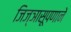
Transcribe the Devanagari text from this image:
जिज्ञासूपणाने